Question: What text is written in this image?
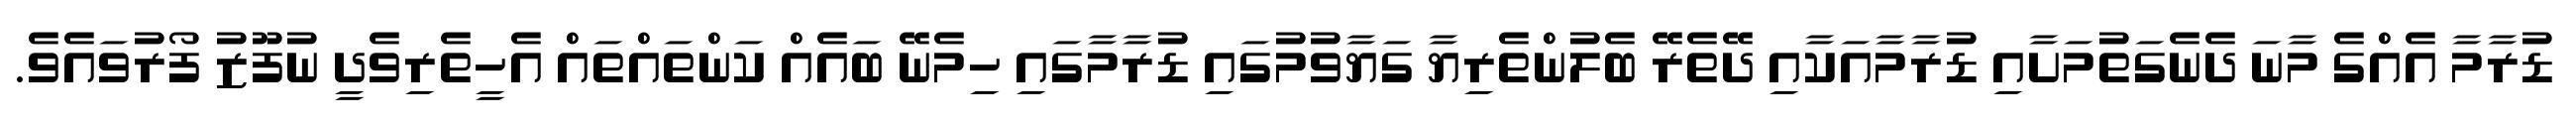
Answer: ޑުރާމާ އެއްގެ މާނަ ދެނެގަތުމަށާއި ޑުރާމާއަކާއި ދޭތެރޭ ބެލުންތެރިޔާ ގަޔާވުމުގައި ޑުރާމާގައި ހިމެނޭ ބައެއް ކަންތައްތައް އެހީތެރިވެދީ ނުފޫޒު ފޯރުވައެވެ.